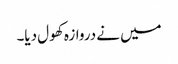
میں نے دروازہ کھول دیا۔